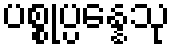
ပစ္စုပ္ပန္နေသု